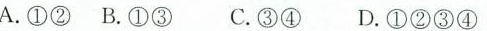
A.①②B.①③ C.③④ D.①②③④